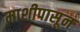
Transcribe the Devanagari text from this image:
माशीपासून